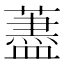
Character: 藎